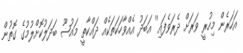
އަހަރެން މިހުރީ ވަރަށް ދެރަވެފައި'' އަބަދު އެއްވާހަކަތަކެއް ދައްކާތީ މައުޟޫ ބަދަލުކޮށްލުމުގެ ގޮތުން